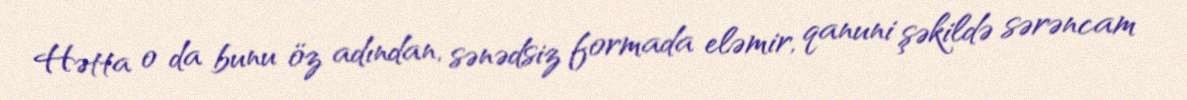
Hətta o da bunu öz adından, sənədsiz formada eləmir, qanuni şəkildə sərəncam